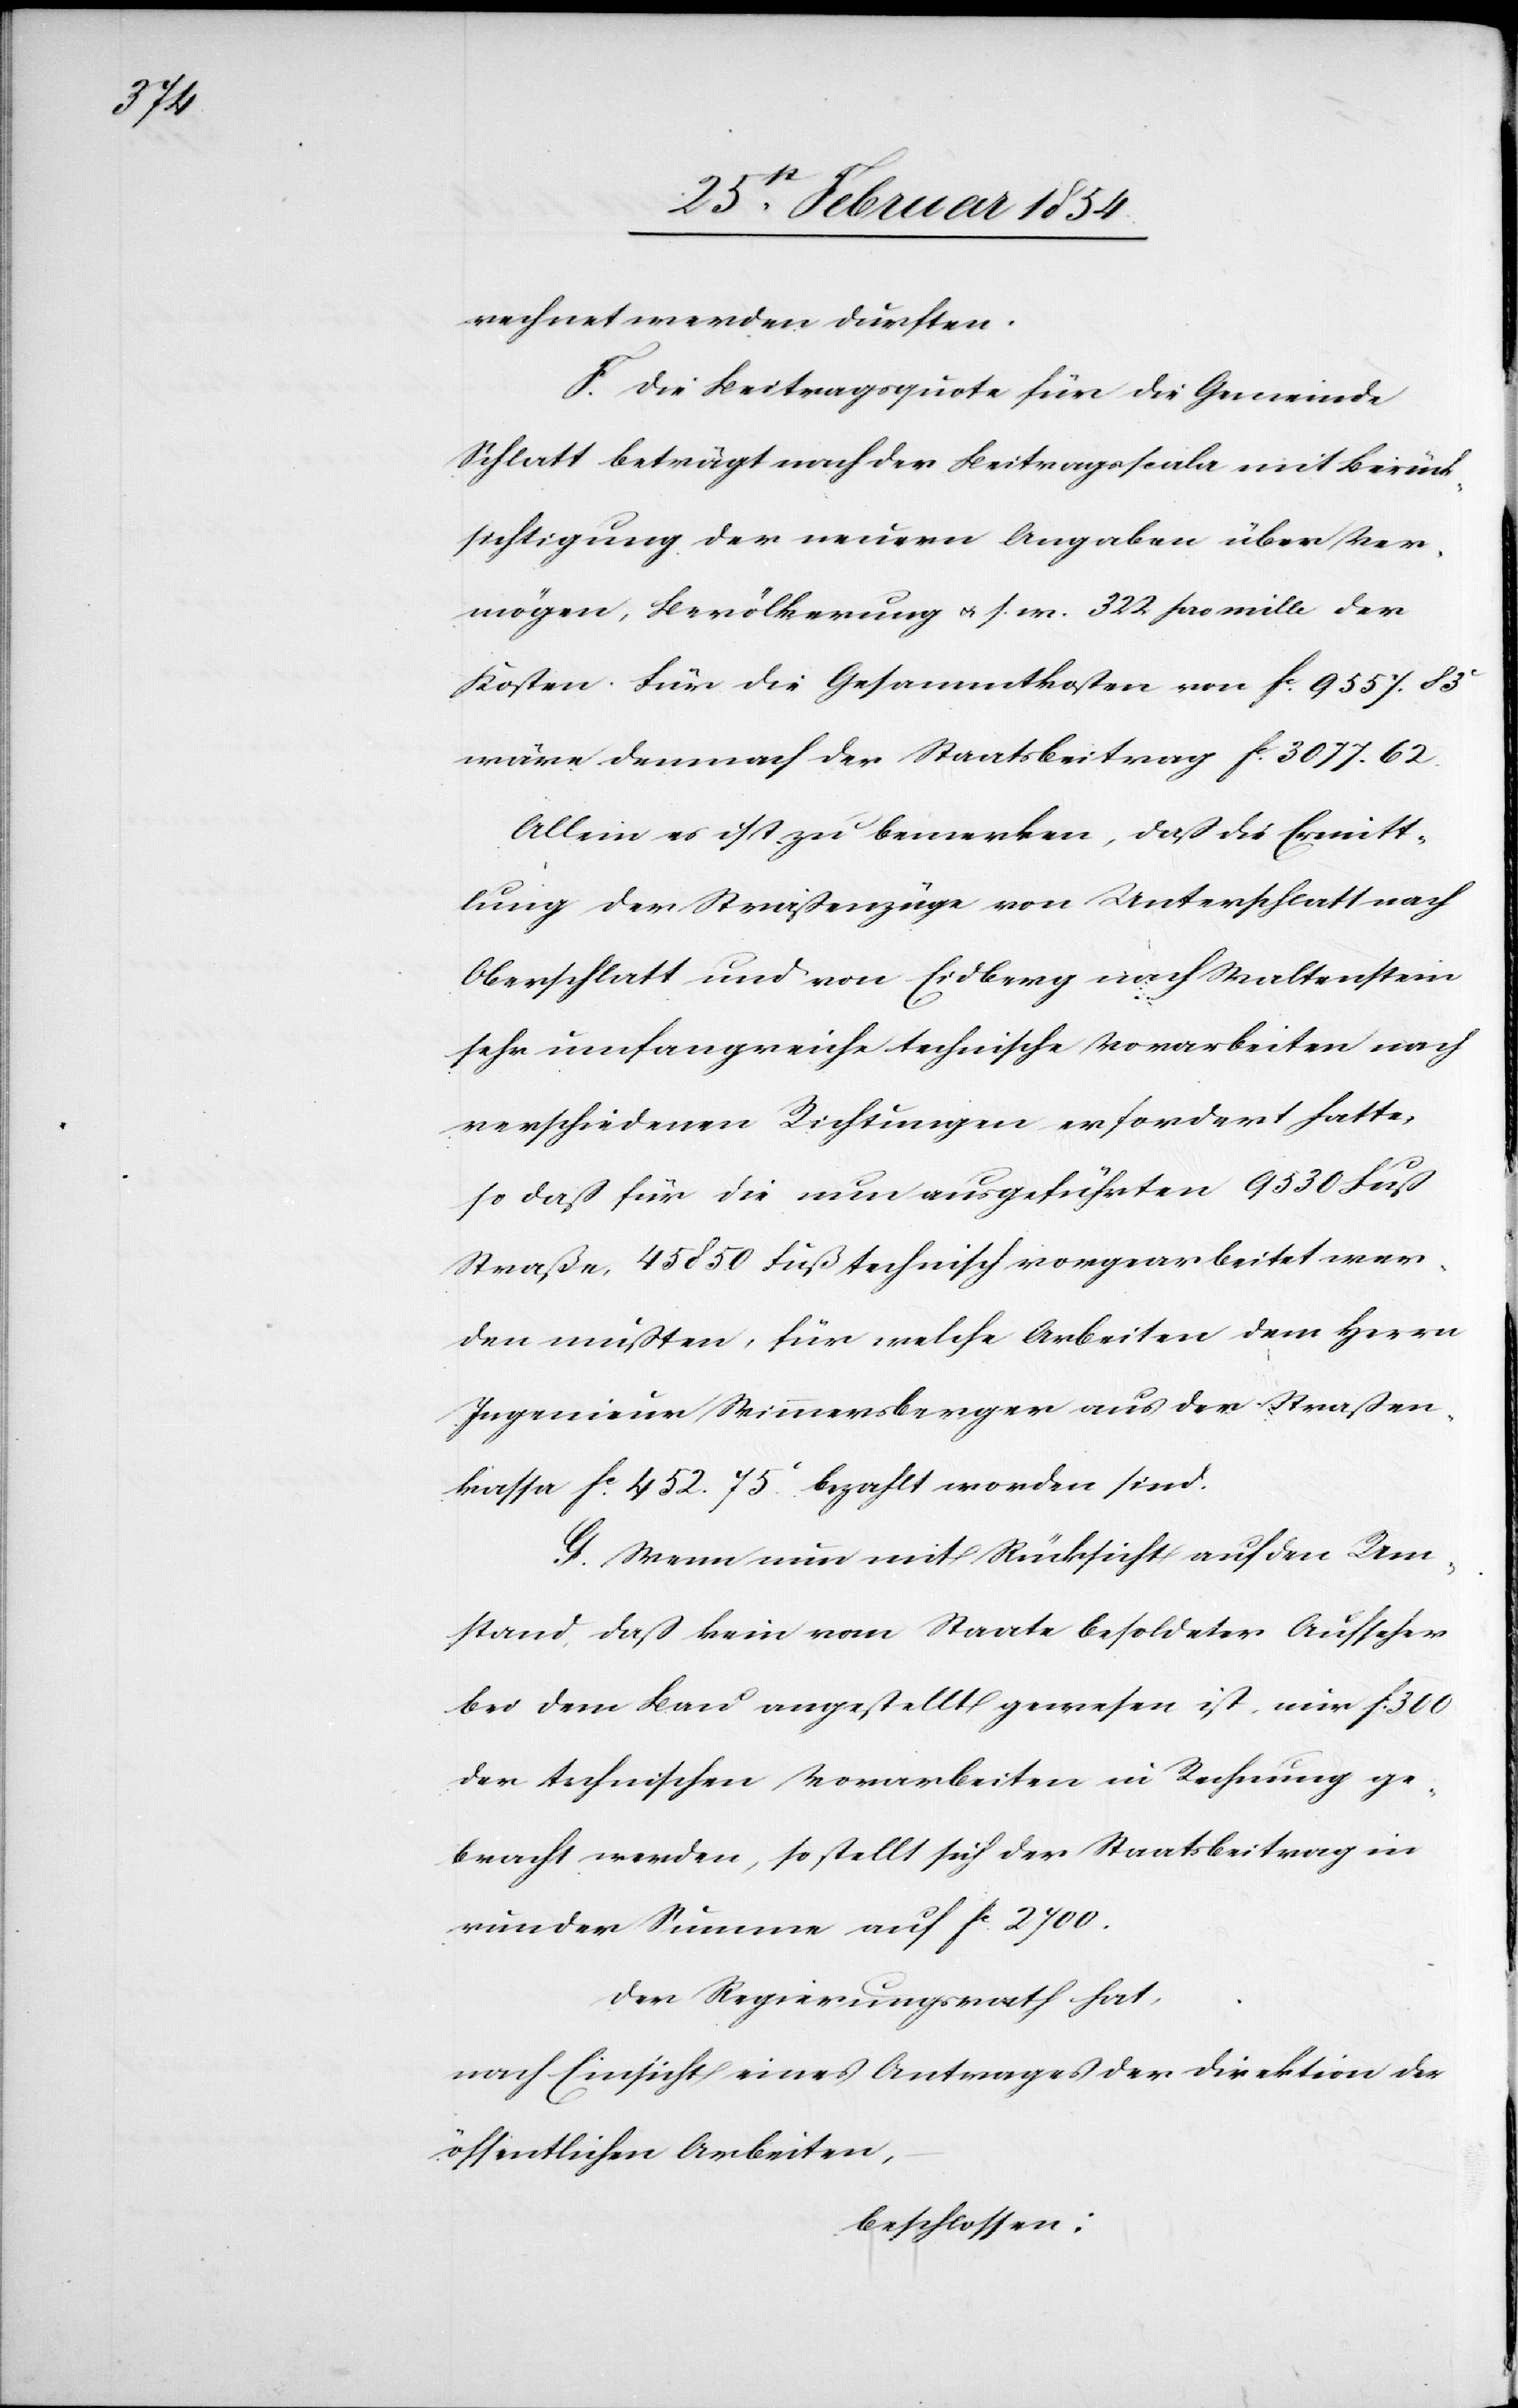
rechnet werden durften.
F. Die Beitragsquote für die Gemeinde
Schlatt beträgt nach der Beitragsscala mit Berück¬
sichtigung der neuern Angaben über Ver¬
mögen, Bevölkerung u. s. w. 322 pro mille der
Kosten. Für die Gesammtkosten von Fc 9557.83c
wäre demnach der Staatsbeitrag Fc 3077.62.
Allein es ist zu bemerkten, daß die Ermitt¬
lung der Straßenzüge von Unterschlatt nach
Oberschlatt und von Eidberg nach Waltenstein
sehr umfangreiche technische Vorarbeiten nach
verschiedenen Richtungen erfordert hatte,
so daß für die nun ausgeführten 9530 Fuß
Straße, 45 850 Fuß technisch vorgearbeitet wer¬
den mußten, für welche Arbeiten dem Herrn
Ingenieur Wimmersberger aus der Straßen¬
kasse Fc 452.75c bezahlt worden sind.
G. Wenn nun mit Rücksicht auf den Um¬
stand, daß kein vom Staate besoldeter Aufseher
bei dem Bau angestellt gewesen ist, nur Fc 300
der technischen Vorarbeiten in Rechnung ge¬
bracht werden, so stellt sich der Staatbeitrag in
runder Summe auf Fc 2700.
Der Regierungsrath hat,
nach Einsicht eines Antrages der Direktion der
öffentlichen Arbeiten,
beschlossen: